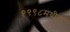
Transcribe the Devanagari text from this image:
१९९८मधील